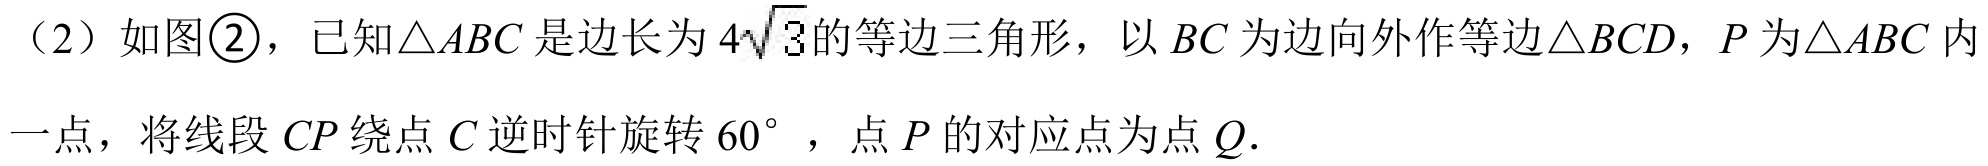
（2）如图\textcircled{2}，已知\(\triangle ABC\)是边长为\(4\sqrt{3}\)的等边三角形，以\(BC\)为边向外作等边\(\triangle BCD\)，\(P\)为\(\triangle ABC\)内一点，将线段\(CP\)绕点\(C\)逆时针旋转\(60^{\circ}\)，点\(P\)的对应点为点\(Q\).